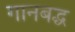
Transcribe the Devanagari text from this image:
गानबद्ध